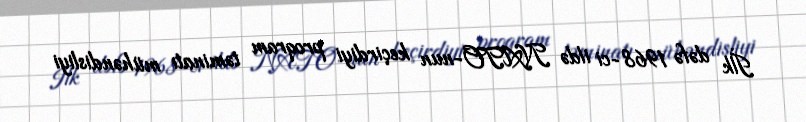
İlk dəfə 1968-ci ildə NATO-nun keçirdiyi proqram təminatı mühəndisliyi